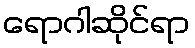
ရောဂါဆိုင်ရာ